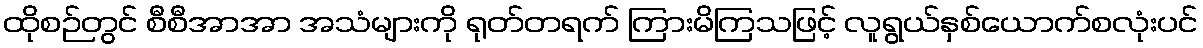
ထိုစဉ်တွင် စီစီအာအာ အသံများကို ရုတ်တရက် ကြားမိကြသဖြင့် လူရွယ်နှစ်ယောက်စလုံးပင်